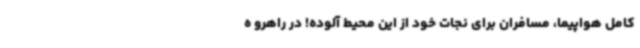
کامل هواپیما، مسافران برای نجات خود از این محیط آلوده! در راهرو ه